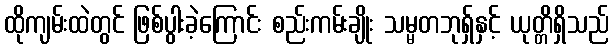
ထိုကျမ်းထဲတွင် ဖြစ်ပွါးခဲ့ကြောင်း စည်းကမ်းချိုး သမ္မတဘုရှ်နှင့် ယုတ္တိရှိသည်